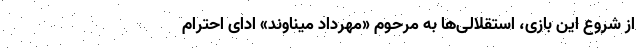
از شروع این بازی، استقلالی‌ها به مرحوم «مهرداد میناوند» ادای احترام